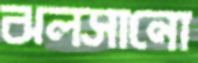
ঝলসানো